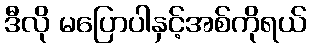
ဒီလို မပြောပါနှင့်အစ်ကိုရယ်